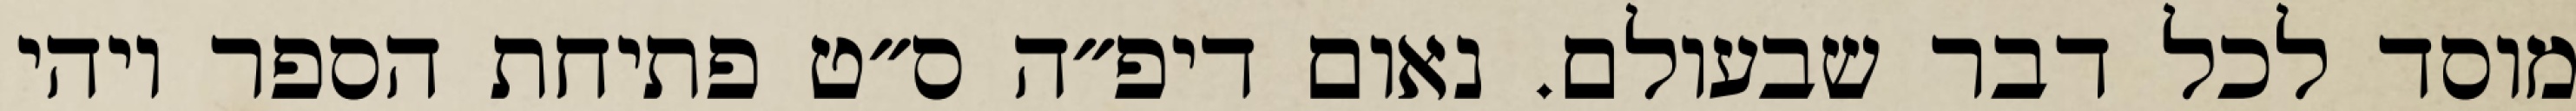
מוסד לכל דבר שבעולם. נאום דיפ״ה ס״ט פתיחת הספר ויהי